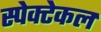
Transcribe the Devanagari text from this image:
स्पेक्टेकल